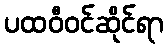
ပထဝီဝင်ဆိုင်ရာ